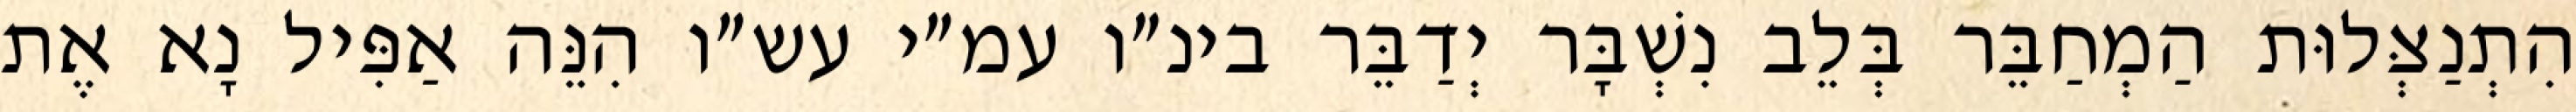
הִתְנַצְּלוּת הַמְחַבֵּר בְּלֵב נִשְׁבָּר יְדַבֵּר בינ״ו עמ״י עש״ו הִנֵּה אַפִּיל נָא אֶת